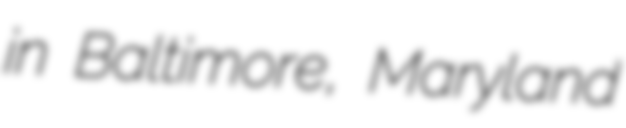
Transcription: in Baltimore, Maryland